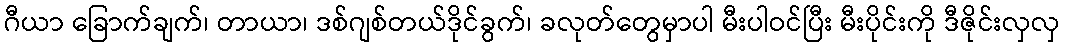
ဂီယာ ခြောက်ချက်၊ တာယာ၊ ဒစ်ဂျစ်တယ်ဒိုင်ခွက်၊ ခလုတ်တွေမှာပါ မီးပါဝင်ပြီး မီးပိုင်းကို ဒီဇိုင်းလှလှ